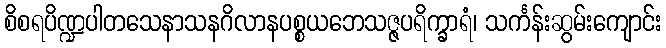
စိစရပိဏ္ဍပါတသေနာသနဂိလာနပစ္စယဘေသဇ္ဇပရိက္ခာရံ၊ သင်္ကန်းဆွမ်းကျောင်း